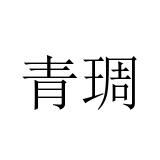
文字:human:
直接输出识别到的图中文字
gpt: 青琱